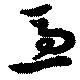
急